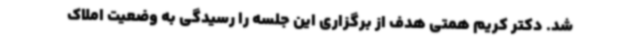
شد. دکتر کریم همتی هدف از برگزاری این جلسه را رسیدگی به وضعیت املاک